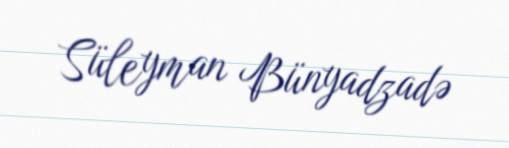
Süleyman Bünyadzadə